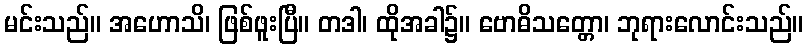
မင်းသည်။ အဟောသိ၊ ဖြစ်ဖူးပြီ။ တဒါ၊ ထိုအခါ၌။ ဗောဓိသတ္တော၊ ဘုရားလောင်းသည်။